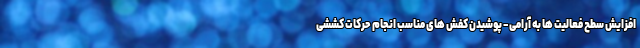
افزایش سطح فعالیت ها به آرامی - پوشیدن کفش های مناسب انجام حرکات کششی